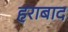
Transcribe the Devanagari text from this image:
हराबाद